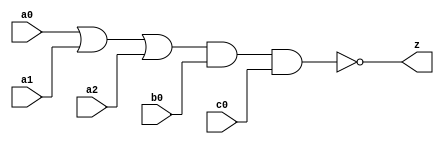
//#############################################################################
//# Function: Or-And-Inverter (oai311) Gate                                   #
//# Copyright: OH Project Authors. ALl rights Reserved.                       #
//# License:  MIT (see LICENSE file in OH repository)                         #
//#############################################################################

module asic_oai311 #(parameter PROP = "DEFAULT")  (
   input  a0,
   input  a1,
   input  a2,
   input  b0,
   input  c0,
   output z
   );

   assign z = ~((a0 | a1 | a2) & b0 & c0);

endmodule